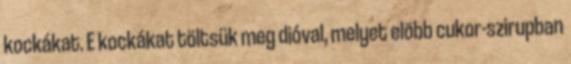
kockákat. E kockákat töltsük meg dióval, melyet elõbb cukor-szirupban